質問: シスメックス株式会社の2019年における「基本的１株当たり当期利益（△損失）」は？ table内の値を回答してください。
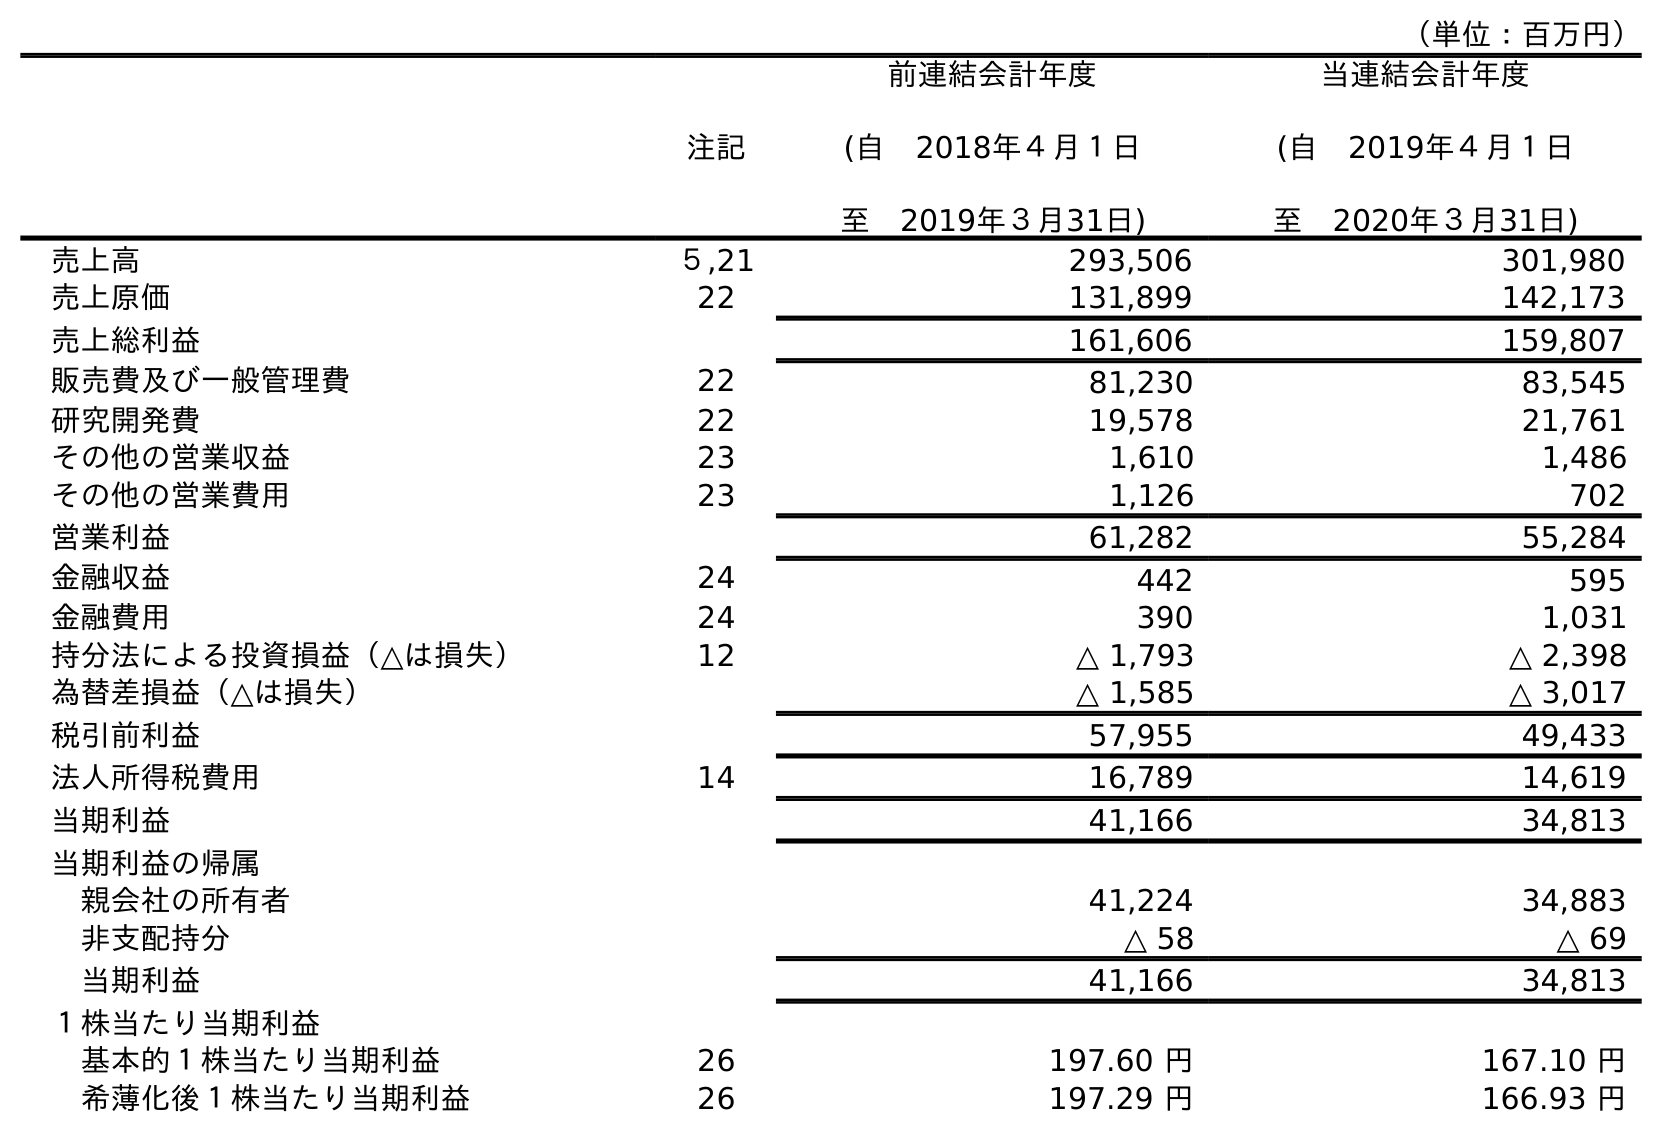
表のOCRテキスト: （単位：百万円） 注記 前連結会計年度 (自 2018年４月１日 至 2019年３月31日) 当連結会計年度 (自 2019年４月１日 至 2020年３月31日) 売上高 ５,21 293,506 301,980 売上原価 22 131,899 142,173 売上総利益 161,606 159,807 販売費及び一般管理費 22 81,230 83,545 研究開発費 22 19,578 21,761 その他の営業収益 23 1,610 1,486 その他の営業費用 23 1,126 702 営業利益 61,282 55,284 金融収益 24 442 595 金融費用 24 390 1,031 持分法による投資損益（△は損失） 12 △ 1,793 △ 2,398 為替差損益（△は損失） △ 1,585 △ 3,017 税引前利益 57,955 49,433 法人所得税費用 14 16,789 14,619 当期利益 41,166 34,813 当期利益の帰属 親会社の所有者 41,224 34,883 非支配持分 △ 58 △ 69 当期利益 41,166 34,813 １株当たり当期利益 基本的１株当たり当期利益 26 197.60 円 167.10 円 希薄化後１株当たり当期利益 26 197.29 円 166.93 円
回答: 197.60円